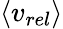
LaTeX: \left\langle v_{rel}\right\rangle